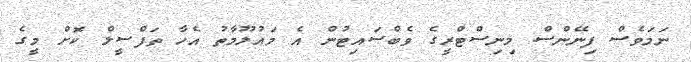
ނަމަވެސް ފިނޭންސް މިނިސްޓްރީގެ ވެބްސައިޓުން އެ މައުލޫމާތު އެހާ ތަފްސީލް ކޮށް މީގެ